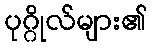
ပုဂ္ဂိုလ်များ၏